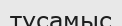
тұсамыс